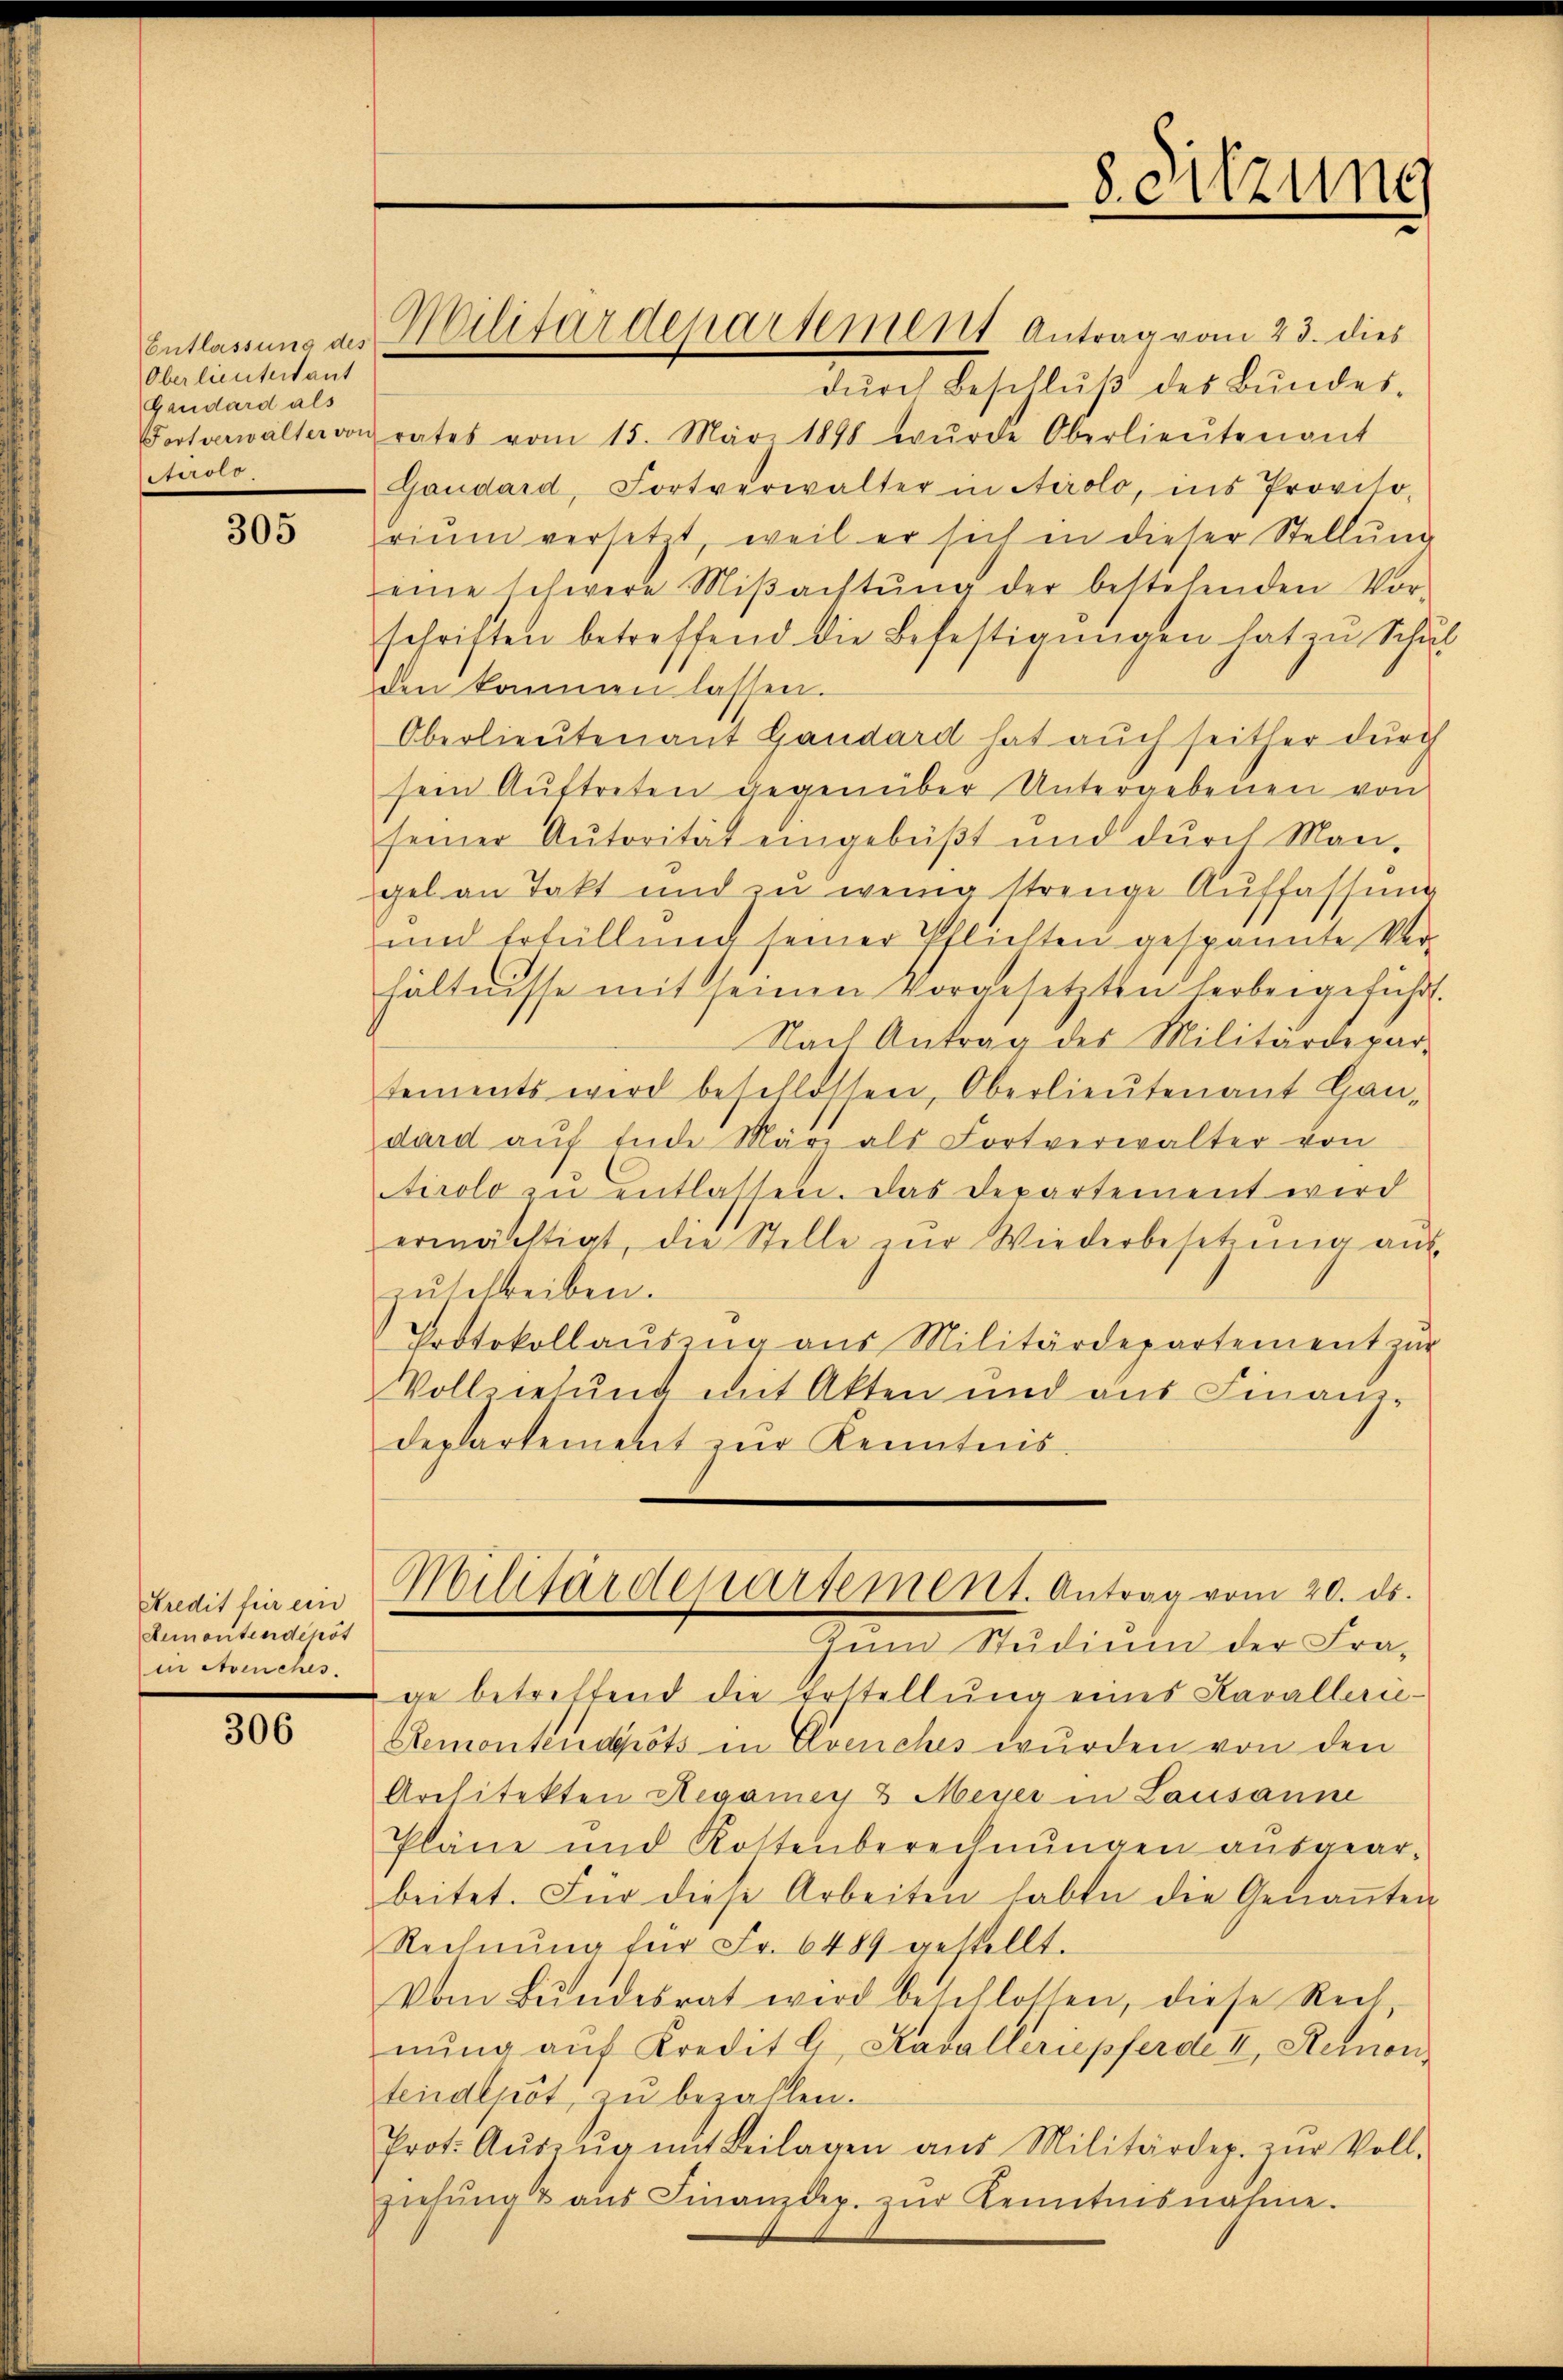
Entlassung des
Oberlieutertant
Gaudard als
Fortverwalter von
Airolo

305

Kredit für ein
Remontendepöt
in Avenches.

306

dŭrch Beschlŭβ des Bŭndes-
rates vom 15. März 1898 wŭrde Oberlieŭtenant
Gaudard, Fortverwalter in Airolo, ins Proviso-
rium versetzt, weil er sich in dieser Stellŭng
eine schwere Miβachtŭng der bestehenden Vor
schriften betreffend die Befestigŭngen hat zu Schi
den kommen lassen.
Oberlieutenant Gaudard hat auch seither durch
sein Auftreten gegenüber Untergebenen von
seiner Autorität eingebüßt und durch Man-
gel an Takt und zu wenig strenge Auffassung
und Erfüllung seiner Pflichten gespannte Ver-
hältnisse mit seinen Vorgesetzten herbeigeführ
Nach Antrag des Militärdepar-
tements wird beschlossen, Oberlieutenant Gan-
dard aŭf Ende März als Fortverwalter von
tirolo zŭ entlassen. Das Departement wird
ermächtigt, die Stelle zŭr Wiederbesetzŭng aus,
zŭschreiben.
Protokollauszug aus Militärdepartement zur
Vollziehung mit Akten und aus Finanz-
departement zŭr Kenntnis.
Militärdepartement. Antrag vom 20. ds.
Zum Studinien der tra-
ge betreffend die Erstellung eines Kavallerie¬
Remontendgrots in Evenches wurden von den
Architekten Segamey & Meyer in Lausanne
Pläne und Rottenberechnungen ausgear-
beitet. Für diese Arbeiten haben die Genaṅten
Rechnŭng für Fr. 6489 gestellt.
Vom Bŭndesrat wird beschlossen, diese Rech
nŭng auf Kredit l, Kavalleriepferde II., Remon
tendepot zu bezahlen.
Prot. Aŭszŭg mit Beilagen aŭs Militärdep. zŭr Voll-
ziehŭng aŭs Finanzdep. zŭr Kenntnisnahme.

Militärdeparsement Antrag vom 23. dies

8. Sitzung